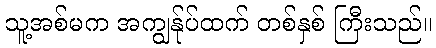
သူ့အစ်မက အကျွန်ုပ်ထက် တစ်နှစ် ကြီးသည်။